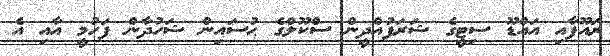
ރައޫފާއި އައްޑޫ ސިޓީގެ ޝަރަފުއްދީން ސްކޫލްގެ ޙުސައިން ޝަހުދާން ފަހުމީ އާއި އެ